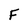
Character: F